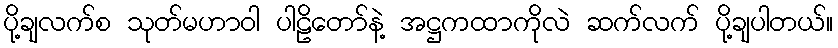
ပို့ချလက်စ သုတ်မဟာဝါ ပါဠိတော်နဲ့ အဋ္ဌကထာကိုလဲ ဆက်လက် ပို့ချပါတယ်။